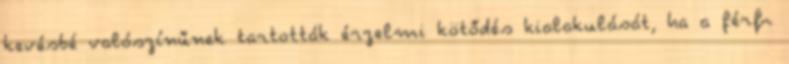
kevésbé valószínűnek tartották érzelmi kötődés kialakulását, ha a férﬁ